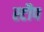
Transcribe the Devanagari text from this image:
स्टौप